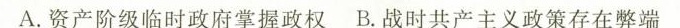
A.资产阶级临时政府掌握政权B.战时共产主义政策存在弊端